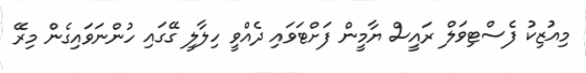
މިއުޒިކު ފެސްޓިވަލް ރައީސް ޔާމީން ފަށްޓަވައި ދެއްވީ ހިލާލީ ގޭގައި ހުންނަވައިގެން މިރޭ